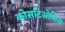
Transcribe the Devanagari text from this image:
कोसटिओसिस